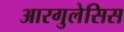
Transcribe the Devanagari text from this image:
आरगुलेसिस